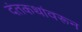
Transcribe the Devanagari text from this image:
दंतकथांवरून